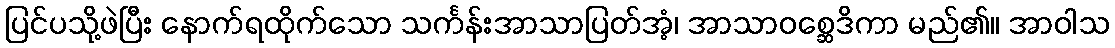
ပြင်ပသို့ဖဲပြီး နောက်ရထိုက်သော သင်္ကန်းအာသာပြတ်အံ့၊ အာသာဝစ္ဆေဒိကာ မည်၏။ အာဝါသ